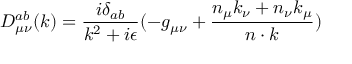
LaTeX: D _ { { \mu } { \nu } } ^ { a b } ( k ) = \frac { i { \delta } _ { a b } } { k ^ { 2 } + i { \epsilon } } ( - g _ { { \mu } { \nu } } + \frac { n _ { \mu } k _ { \nu } + n _ { \nu } k _ { \mu } } { n \cdot k } )